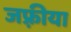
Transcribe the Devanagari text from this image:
जफ़्रीया